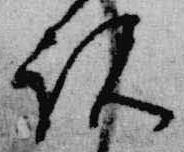
説